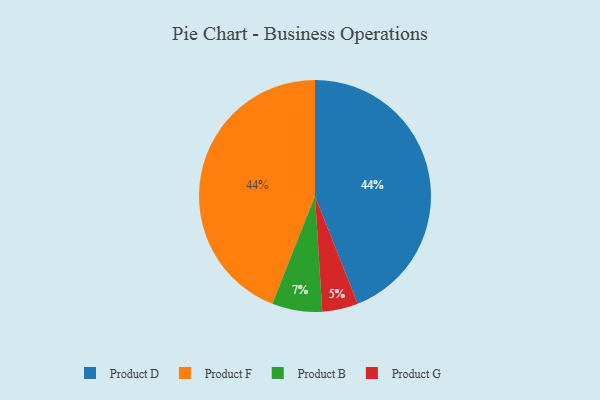
{"axis": {"x": "Category", "y": "Percentage"}, "legend": ["Product B", "Product D", "Product F", "Product G"], "data": [{"x": "Product D", "y": 44, "type": "Product D"}, {"x": "Product B", "y": 7, "type": "Product B"}, {"x": "Product F", "y": 44, "type": "Product F"}, {"x": "Product G", "y": 5, "type": "Product G"}]}